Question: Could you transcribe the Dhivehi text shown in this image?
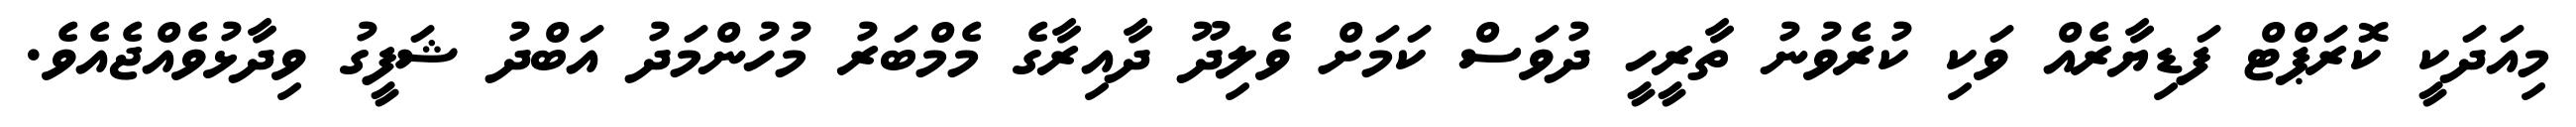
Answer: މިއަދަކީ ކޮރަޕްޓް ފަޑިޔާރެއް ވަކި ކުރެވުނު ތާރީހީ ދުވަސް ކަމަށް ވެލިދޫ ދާއިރާގެ މެމްބަރު މުހުންމަދު އަބްދު ޝަފީގު ވިދާޅުވެއްޖެއެވެ.